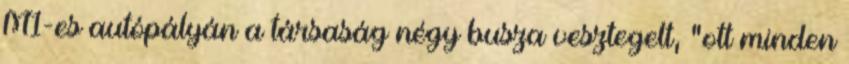
M1-es autópályán a társaság négy busza vesztegelt, "ott minden